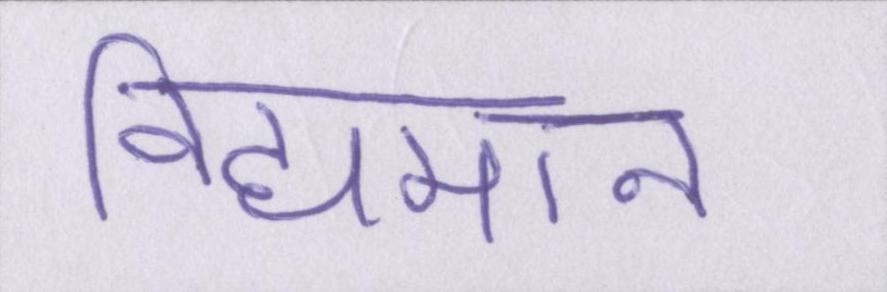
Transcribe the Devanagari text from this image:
विद्यमान